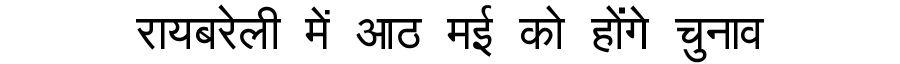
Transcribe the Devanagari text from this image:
रायबरेली में आठ मई को होंगे चुनाव